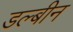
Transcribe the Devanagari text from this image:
डल्बीन